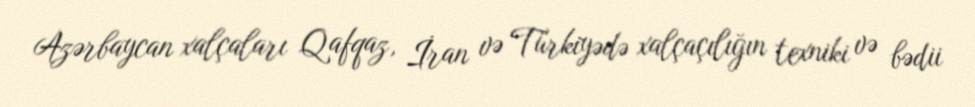
Azərbaycan xalçaları Qafqaz, İran və Türkiyədə xalçaçılığın texniki və bədii